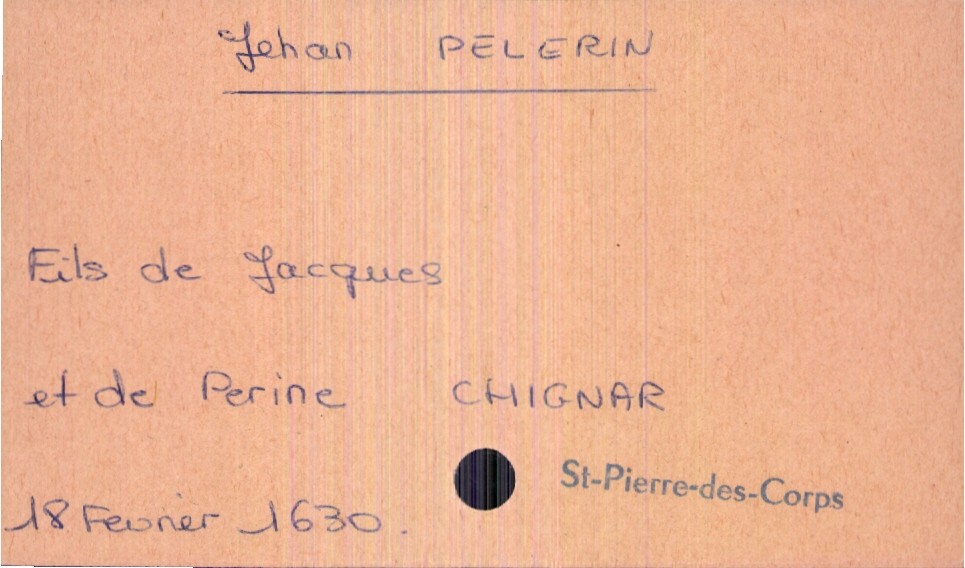
type_acte: Baptême
filiation: fils
enfant_prénom: Jehan
enfant_date_de_naissance: 18février 1630
enfant_lieu_de_naissance: Saint-Pierre-des-Corps
père_enfant_nom: Pelerin
père_enfant_prénom: Jacques
mère_enfant_nom: Chignar
mère_enfant_prénom: Perine